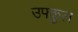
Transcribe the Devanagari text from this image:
उफ्कुल